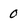
Character: 0